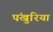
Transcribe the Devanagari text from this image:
पंखुरियां